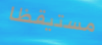
مستيقظا